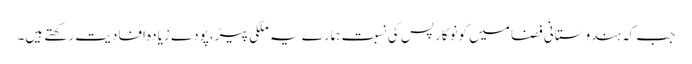
جب کہ ہندوستانی فضا میں کونوکارپس کی نسبت ہمارے یہ ملکی پیڑ،پودے زیادہ افادیت رکھتے ہیں۔